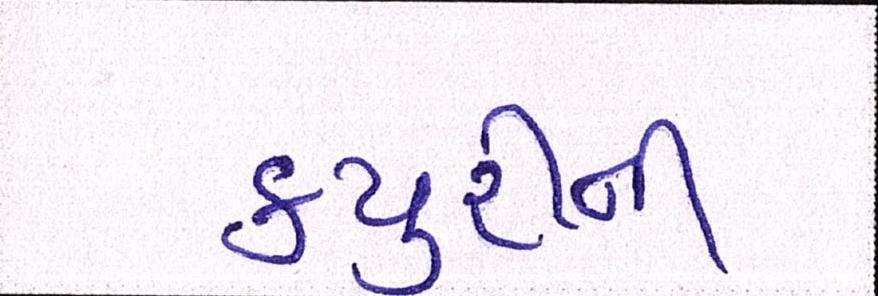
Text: ક્યુરીની